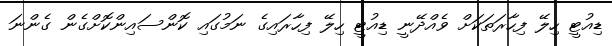
ޑިއުޓީ ހިލޭ ފިހާރަތަކަށް ވެއްދޭނީ ޑިއުޓީ ހިލޭ ފިހާރައިގެ ނަމުގައި ކޮންސައިންކޮށްގެން ގެންނަ